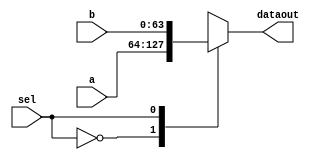
module mux_64(
input[63:0] a,
input[63:0] b,
input sel,
output[63:0] dataout
);

reg[63:0] out;
    always @(a or b or sel)
	   begin
		case (sel)
			1'b0: out = a;
			1'b1: out = b;
	    endcase
	   
	end
assign dataout = out;
endmodule